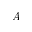
A